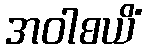
အဝါစယိံ